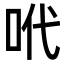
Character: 𠰺